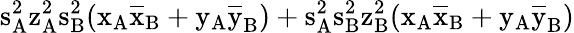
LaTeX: \mathrm{s_{A}^{2}\mathrm{z_{A}^{2}\mathrm{s_{B}^{2}(\mathrm{x_{A}\mathrm{\overline{{x}}_{B}+\mathrm{y_{A}\mathrm{\overline{{y}}_{B})+\mathrm{s_{A}^{2}\mathrm{s_{B}^{2}\mathrm{z_{B}^{2}(\mathrm{x_{A}\mathrm{\overline{{x}}_{B}+\mathrm{y_{A}\mathrm{\overline{{y}}_{B})}}}}}}}}}}}}}}